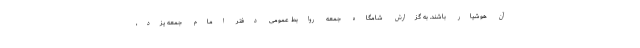
آن هوشیار باشند. به گزارش شامگاه جمعه روابط عمومی دفتر امام جمعه یزد،